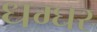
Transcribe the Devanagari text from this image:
धग्घर